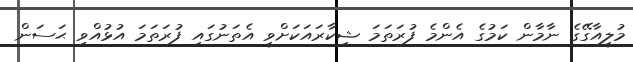
މުލީއާގޭގެ ނާމާން ކަމުގެ އެންމެ ފުރަތަމަ ޝިކާރައަކަށްވީ އެތަނުގައި ފުރަތަމަ އުޅުއްވި ޙަސަން